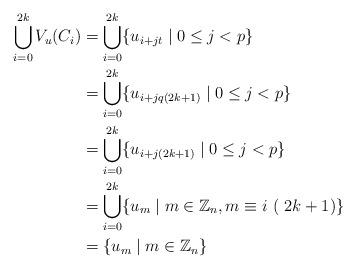
LaTeX: \begin{align*} \bigcup_{i=0}^{2k} V_u(C_i) &= \bigcup_{i=0}^{2k} \{u_{i+jt} \mid 0 \leq j < p\} \\ &= \bigcup_{i=0}^{2k} \{u_{i+jq(2k+1)} \mid 0 \leq j < p\} \\ &= \bigcup_{i=0}^{2k} \{u_{i+j(2k+1)} \mid 0 \leq j < p\} \\ &= \bigcup_{i=0}^{2k} \{u_m \mid m \in \mathbb{Z}_n, m \equiv i\ (\ 2k+1)\} \\ &= \{u_m \mid m \in \mathbb{Z}_n\} \end{align*}